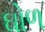
ઘોળ